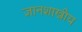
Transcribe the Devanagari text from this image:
ज्ञानशाखीय